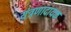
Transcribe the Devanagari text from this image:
यंत्रणादायक